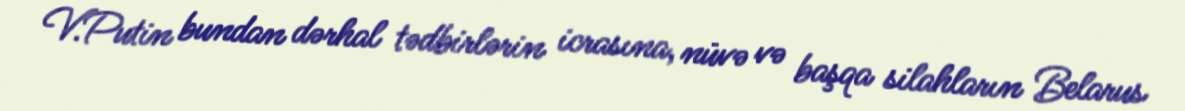
V.Putin bundan dərhal tədbirlərin icrasına, nüvə və başqa silahların Belarus